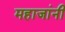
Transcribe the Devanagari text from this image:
महाजांनी